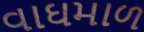
વાઘમાળ